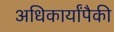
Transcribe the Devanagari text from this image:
अधिकार्यांपैकी